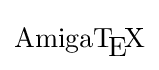
\mathrm {AmigaT\!_{\displaystyle E}\!X}